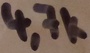
Text: 4,7k